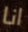
انا